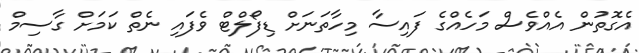
އެގޮތުން އެއްވެސް މަހެއްގެ ފައިސާ މިހާތަނަށް ޑިފޯލްޓް ވެފައި ނެތް ކަމަށް ގާސިމް